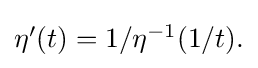
{\textstyle \eta '(t)=1/\eta ^{-1}(1/t).}